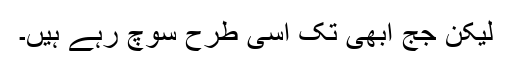
لیکن جج ابھی تک اسی طرح سوچ رہے ہیں۔